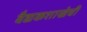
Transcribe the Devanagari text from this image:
वैद्यकशाखेची